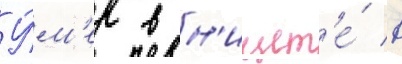
У́м'ер в н'ищет'е́ в